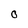
Character: O